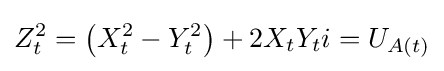
Z_{t}^{2}=\left(X_{t}^{2}-Y_{t}^{2}\right)+2X_{t}Y_{t}i=U_{A(t)}